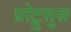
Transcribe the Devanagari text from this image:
प्रोट्रुसुस